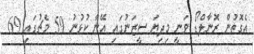
އެގޮތުން ރޮނާލްޑޯ ވަނީ މިދިޔަ ސީޒަނުގައި އޭނާ ކުޅުނު 59 މެޗުގައި 69